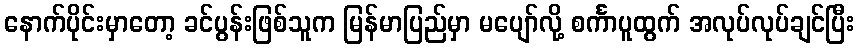
နောက်ပိုင်းမှာတော့ ခင်ပွန်းဖြစ်သူက မြန်မာပြည်မှာ မပျော်လို့ စင်္ကာပူထွက် အလုပ်လုပ်ချင်ပြီး